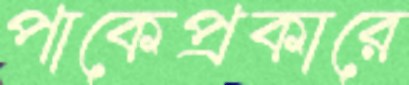
পাকেপ্রকারে